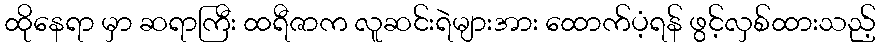
ထိုနေရာ မှာ ဆရာကြီး ထရီဇာက လူဆင်းရဲများအား ထောက်ပံ့ရန် ဖွင့်လှစ်ထားသည့်